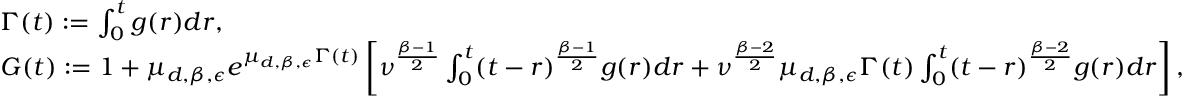
\begin{array} { r l } & { \Gamma ( t ) : = \int _ { 0 } ^ { t } g ( r ) d r , } \\ & { G ( t ) : = 1 + \mu _ { d , \beta , \epsilon } e ^ { \mu _ { d , \beta , \epsilon } \Gamma ( t ) } \left[ \nu ^ { \frac { \beta - 1 } { 2 } } \int _ { 0 } ^ { t } ( t - r ) ^ { \frac { \beta - 1 } { 2 } } g ( r ) d r + \nu ^ { \frac { \beta - 2 } { 2 } } \mu _ { d , \beta , \epsilon } \Gamma ( t ) \int _ { 0 } ^ { t } ( t - r ) ^ { \frac { \beta - 2 } { 2 } } g ( r ) d r \right] , } \end{array}